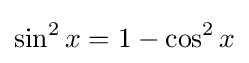
\sin ^{2}x=1-\cos ^{2}x